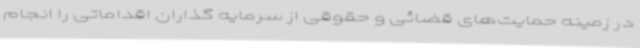
در زمینه حمایت‌های قضائی و حقوقی از سرمایه گذاران اقداماتی را انجام